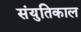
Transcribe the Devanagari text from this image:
संयुतिकाल